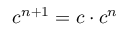
c ^ { n + 1 } = c \cdot c ^ { n }